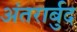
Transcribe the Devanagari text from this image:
अंतरार्बुद